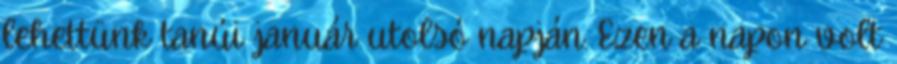
lehettünk tanúi január utolsó napján. Ezen a napon volt